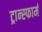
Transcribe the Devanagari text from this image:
ट्रान्स्फार्म